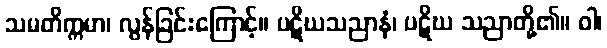
သမတိက္ကမာ၊ လွန်ခြင်းကြောင့်။ ပဋိဃသညာနံ၊ ပဋိဃ သညာတို့၏။ ဝါ၊